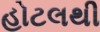
હોટલથી